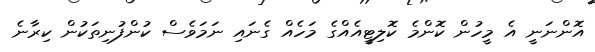
އޮންނަނީ އެ މީހުން ކޮންމެ ކޮލިޓީއެއްގެ މަހެއް ގެނައި ނަމަވެސް ކުންފުނިތަކުން ކިރާނެ